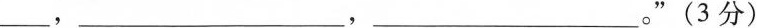
___，___，___。”（3分）